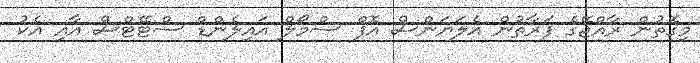
މިގޮތުުން ރާއްޖޭގެ ފަރާތުން އެލަޔަންސް އޮފް ސްމޯލް އައިލެންޑް ސްޓޭޓްސް އާއި އެކު